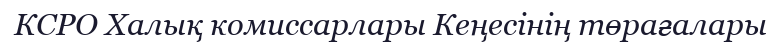
КСРО Халық комиссарлары Кеңесінің төрағалары